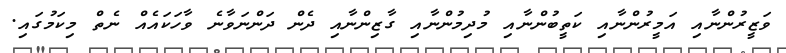
ވަޒީރުންނާއި އަމީރުންނާއި ކަތީބުންނާއި މުދިމުންނާއި ގާޒިންނާއި ދެން ދަންނަވާނެ ވާހަކައެއް ނެތް މިކަމުގައި.